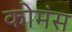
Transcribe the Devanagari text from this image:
कोमंस